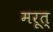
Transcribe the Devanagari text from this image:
मरूत्